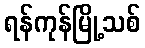
ရန်ကုန်မြို့သစ်